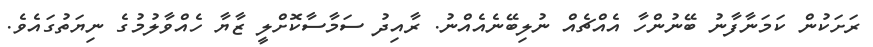
ރަށަކުން ކަމަނާފާނު ބޭނުންހާ އެއްޗެއް ނުލިބޭނެއެއްނު. ރާއިދު ސަމާސާކޮށްލީ ޒާޔާ ހެއްވާލުމުގެ ނިޔަތުގައެވެ.